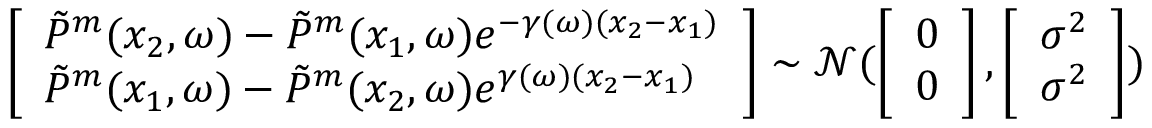
\left[ \begin{array} { l } { \Tilde { P } ^ { m } ( x _ { 2 } , \omega ) - \Tilde { P } ^ { m } ( x _ { 1 } , \omega ) e ^ { - \gamma ( \omega ) ( x _ { 2 } - x _ { 1 } ) } } \\ { \Tilde { P } ^ { m } ( x _ { 1 } , \omega ) - \Tilde { P } ^ { m } ( x _ { 2 } , \omega ) e ^ { \gamma ( \omega ) ( x _ { 2 } - x _ { 1 } ) } } \end{array} \right] \sim \mathcal { N } ( \left[ \begin{array} { l } { 0 } \\ { 0 } \end{array} \right] , \left[ \begin{array} { l } { \sigma ^ { 2 } } \\ { \sigma ^ { 2 } } \end{array} \right] )